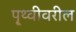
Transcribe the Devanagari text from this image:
पृ्थ्वीवरील